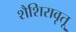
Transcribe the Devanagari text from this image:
शैशिरावृतू